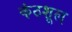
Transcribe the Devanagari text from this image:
कंठशूल